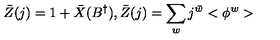
\bar { Z } ( j ) = 1 + \bar { X } ( B ^ { \dagger } ) , \bar { Z } ( j ) = \sum _ { w } j ^ { \bar { w } } < \phi ^ { w } >